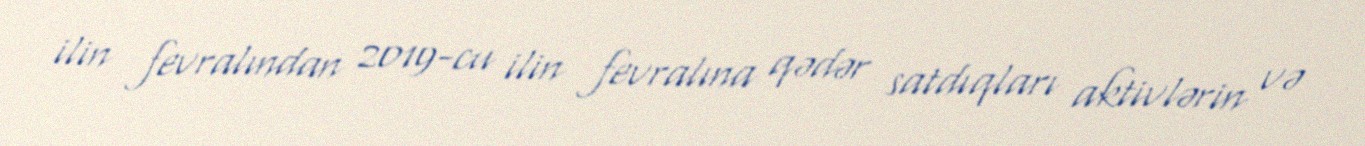
ilin fevralından 2019-cu ilin fevralına qədər satdıqları aktivlərin və